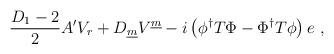
LaTeX: \begin{align*}\frac{D_1 -2}{2} A' V_r +D_{\underline m} V^{\underline m} -i \left(\phi^{\dagger}T\Phi -\Phi^{\dagger}T\phi\right)e~,\end{align*}